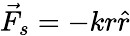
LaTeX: {\vec{F}}_{s}=-kr{\hat{r}}